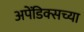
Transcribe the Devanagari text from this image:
अपेंडिक्सच्या